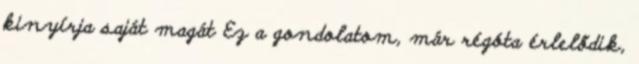
kinyírja saját magát Ez a gondolatom, már régóta érlelődik,